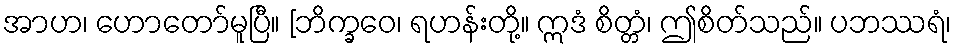
အာဟ၊ ဟောတော်မူပြီ။ [ဘိက္ခဝေ၊ ရဟန်းတို့။ ဣဒံ စိတ္တံ၊ ဤစိတ်သည်။ ပဘဿရံ၊